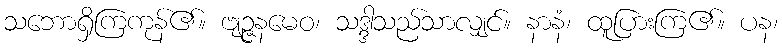
သဘောရှိကြကုန်၏။ ဗျဉ္ဇနမေဝ၊ သဒ္ဒါသည်သာလျှင်။ နာနံ၊ ထူပြားကြ၏။ ပန၊